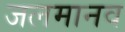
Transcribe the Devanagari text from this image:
जलमानव